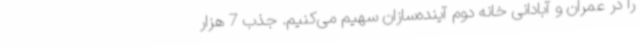
را در عمران و آبادانی خانه دوم آینده‌سازان سهیم می‌کنیم. جذب 7 هزار